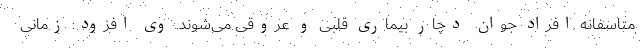
متاسفانه افراد جوان دچار بیماری قلبی و عروقی می‌شوند. وی افزود: زمانی